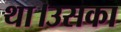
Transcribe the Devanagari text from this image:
था।उसका